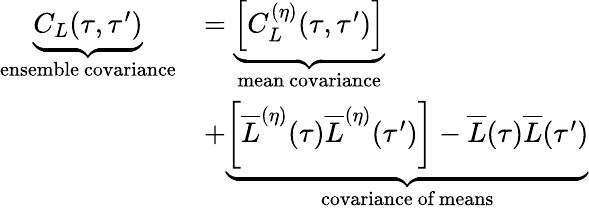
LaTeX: \begin{array}{rl}{\underbrace{C_{L}(\tau,\tau^{\prime})}_{\mathrm{\textrm{ensemble~covariance}}}}&{=\underbrace{\left[C_{L}^{(\eta)}(\tau,\tau^{\prime})\right]}_{\mathrm{\textrm{mean~covariance}}}}\\ &{+\underbrace{\left[\overline{{L}}^{(\eta)}(\tau)\overline{{L}}^{(\eta)}(\tau^{\prime})\right]-\overline{{L}}(\tau)\overline{{L}}(\tau^{\prime})}_{\mathrm{\textrm{covariance~of~means}}}}\end{array}